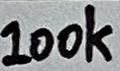
Text: 100k